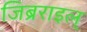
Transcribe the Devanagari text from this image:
जिब्रराइल्